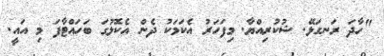
"ހާދަ ރަނގަޅޭ. ޝުކުރިއްޔާ. މިފަހަރު އެކަމަކު ދެން އެކޮޅުގަ ބަހައްޓާފަ މި އައީ.